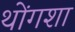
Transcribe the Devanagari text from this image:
थोंगशा